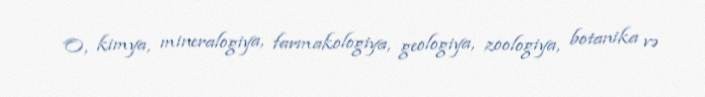
O, kimya, mineralogiya, farmakologiya, geologiya, zoologiya, botanika və